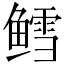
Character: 鳕